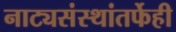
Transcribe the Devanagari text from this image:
नाट्यसंस्थांतर्फेही